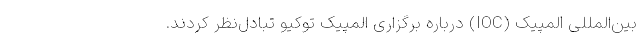
بین‌المللی المپیک (IOC) درباره برگزاری المپیک توکیو تبادل‌نظر کردند.